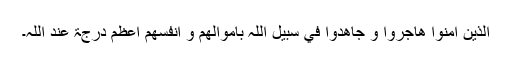
اَلَّذِينَ اٰمَنُوا ھَاجَرُوا وَ جَاھَدُوا فِيْ سَبِيْلِ اللّٰہِ بِاَمْوَالِھِمْ وَ اَنْفُسِھِمْ اَعْظَمُ دَرَجَۃً عِنْدَ اللّٰہِ۔